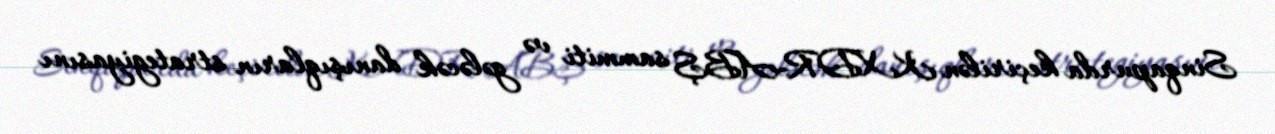
Sinqapurda keçirilən KXDR-ABŞ sammiti və gələcək danışıqların strategiyasını